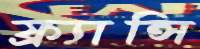
ফ্র্যান্সি